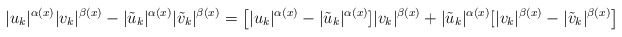
\begin{align*} |u_k|^{\alpha(x)}|v_k|^{\beta(x)}- |\tilde{u}_{k}|^{\alpha(x)}|\tilde{v}_{k}|^{\beta(x)}= \big[|u_k|^{\alpha(x)} - |\tilde{u}_{k}|^{\alpha(x)}]|v_k|^{\beta(x)}+ |\tilde{u}_{k}|^{\alpha(x)}[|v_k|^{\beta(x)}-|\tilde{v}_{k}|^{\beta(x)}\big] \end{align*}